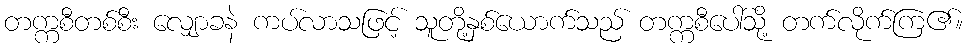
တက္ကစီတစ်စီး လျှောခနဲ ကပ်လာသဖြင့် သူတို့နှစ်ယောက်သည် တက္ကစီပေါ်သို့ တက်လိုက်ကြ၏။